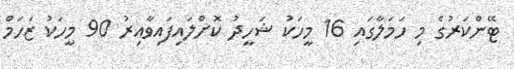
ޓޭންކަރުގެ މި ހަމަލާގައި 16 މީހަކު ޝަހީދު ކޮށްލައިފައިވާއިރު 90 މީހަކު ޒަހަމް